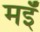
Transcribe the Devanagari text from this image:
मइँ